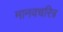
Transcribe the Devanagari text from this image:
मानवचरित्र